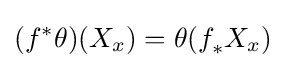
(f^{*}\theta )(X_{x})=\theta (f_{*}^{}X_{x})